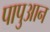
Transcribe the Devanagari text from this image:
पापुआन